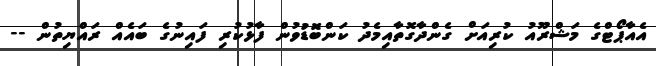
އެއާޕޯޓްގެ މަޝްރޫއު ކުރިއަށް ގެންދާގޮތާއިމެދު ކަންބޮޑުވުން ފާޅުކުރި ފައިނުގެ ބައެއް ރައްޔިތުން --